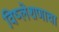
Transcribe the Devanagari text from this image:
विष्लेशणाचा